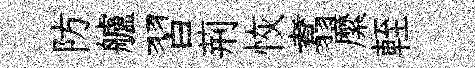
防艫習荊恢翥縻輊